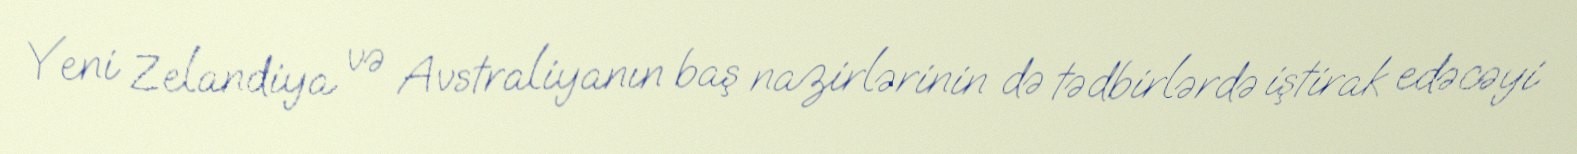
Yeni Zelandiya və Avstraliyanın baş nazirlərinin də tədbirlərdə iştirak edəcəyi